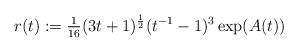
\begin{align*}r(t) := \tfrac{1}{16}(3t+1)^{\frac12}(t^{-1}-1)^3\exp(A(t))\end{align*}